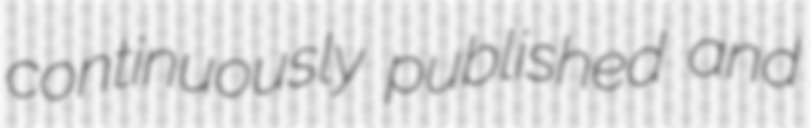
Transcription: continuously published and